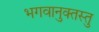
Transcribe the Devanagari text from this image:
भगवानुक्तस्तु